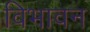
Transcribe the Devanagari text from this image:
विभावन